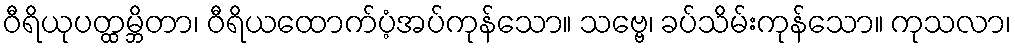
ဝီရိယုပတ္ထမ္ဘိတာ၊ ဝီရိယထောက်ပံ့အပ်ကုန်သော။ သဗ္ဗေ၊ ခပ်သိမ်းကုန်သော။ ကုသလာ၊